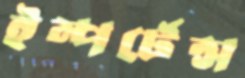
ইম্পর্টেন্স